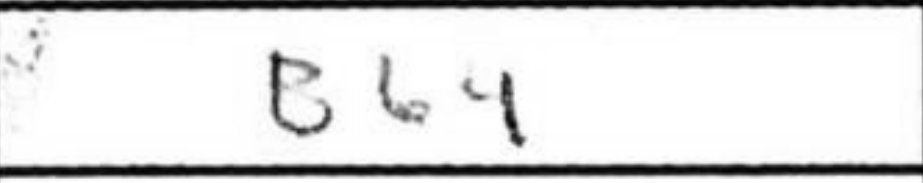
Transcription: Bb4